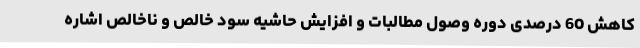
کاهش 60 درصدی دوره وصول مطالبات و افزایش حاشیه سود خالص و ناخالص اشاره